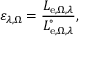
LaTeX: \varepsilon _ { \lambda , \Omega } = { \frac { L _ { \mathrm { e } , \Omega , \lambda } } { L _ { \mathrm { e } , \Omega , \lambda } ^ { \circ } } } ,